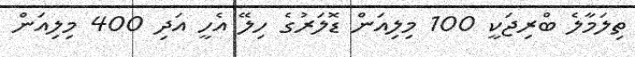
ތިލަމާލެ ބްރިޖަކީ 100 މިލިއަން ޑޮލަރުގެ ހިލޭ އެހީ އަދި 400 މިލިއަން